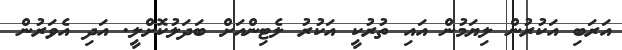
އަރަބި އަކުރުން ލިޔަމުން އައި ތުރުކީ އަކުރު ލެޓިންއަށް ބަދަލުކޮށްލީ. އަދި އެވަރުން